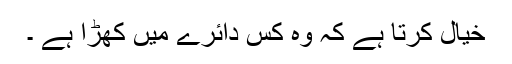
خیال کرتا ہے کہ وہ کس دائرے میں کھڑا ہے ۔